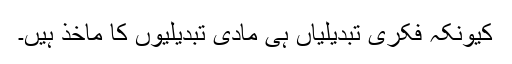
کیونکہ فکری تبدیلیاں ہی مادی تبدیلیوں کا ماخذ ہیں۔